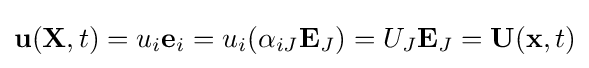
\mathbf {u} (\mathbf {X} ,t)=u_{i}\mathbf {e} _{i}=u_{i}(\alpha _{iJ}\mathbf {E} _{J})=U_{J}\mathbf {E} _{J}=\mathbf {U} (\mathbf {x} ,t)